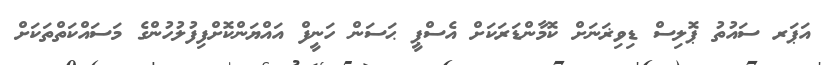
އަޕަރ ސައުތު ޕޮލިސް ޑިވިޜަނަށް ކޮމާންޑަރަކަށް އެސްޕީ ޙަސަން ހަނީފް އައްޔަންކޮށްފިފުލުހުންގެ މަސައްކަތްތަކަށް